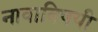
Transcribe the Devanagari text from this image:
नावाविषयी